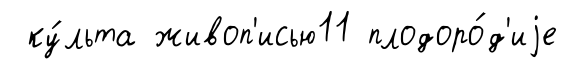
ку́льта живоп'исью11 плодоро́д'иjе